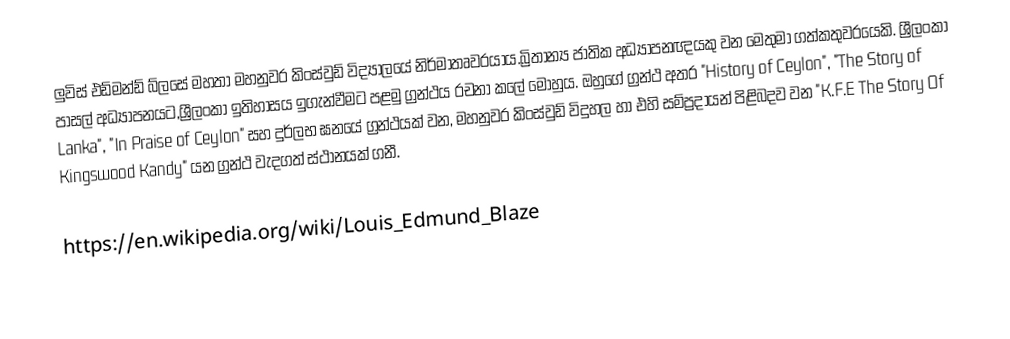
ලුවිස් එඩ්මන්ඩ් බ්ලසේ මහතා මහනුවර කිංස්වුඩ් විද්‍යාලයේ නිර්මාතෘවරයාය.බ්‍රිතාන්‍ය ජාතික අධ්‍යාපනඥයකු වන මෙතුමා ගත්කතුවරයෙකි. ශ්‍රීලංකා පාසල් අධ්‍යාපනයට,ශ්‍රීලංකා ඉතිහාසය ඉගැන්වීමට පළමු ග්‍රන්ථය රචනා කලේ මොහුය. ඔහුගේ ග්‍රන්ථ අතර "History of Ceylon", "The Story of Lanka", "In Praise of Ceylon" සහ දුර්ලභ ඝනයේ ග්‍රන්ථයක් වන, මහනුවර කිංස්වුඩ් විදුහල හා එහි සම්ප්‍රදායන් පිළිබදව වන "K.F.E The Story Of Kingswood Kandy" යන ග්‍රන්ථ වැදගත් ස්ථානයක් ගනී.

https://en.wikipedia.org/wiki/Louis_Edmund_Blaze